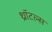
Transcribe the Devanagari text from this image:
थ्रॉटल्स